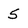
Character: 5